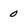
Character: 0